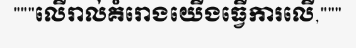
"""លើរាល់គំរោងយើងធ្វើការលើ,"""